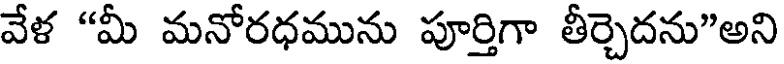
వేళ "మీ మనోరధమును పూర్తిగా తీర్చెదను"అని